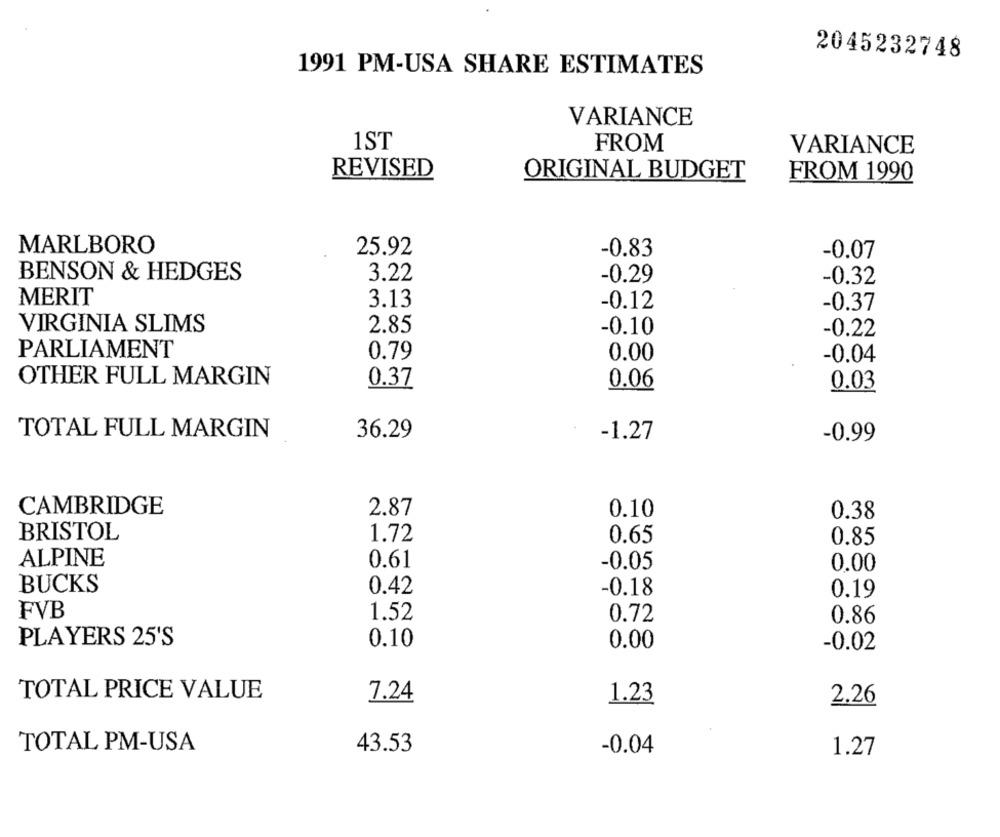
2045232748
1991 PM-USA SHARE ESTIMATES
VARIANCE
1ST
FROM
VARIANCE
REVISED
ORIGINAL BUDGET
FROM 1990
MARLBORO
25.92
-0.83
-0.07
BENSON & HEDGES
3.22
-0.29
-0.32
MERIT
3.13
-0.12
-0.37
VIRGINIA SLIMS
2.85
-0.10
-0.22
PARLIAMENT
0.79
0.00
-0.04
OTHER FULL MARGIN
0.37
0.06
0.03
TOTAL FULL MARGIN
36.29
-1.27
-0.99
CAMBRIDGE
2.87
0.10
0.38
1.72
BRISTOL
0.65
0.85
ALPINE
0.61
-0.05
0.00
BUCKS
0.42
-0.18
0.19
FVB
1.52
0.72
0.86
PLAYERS 25'S
0.10
0.00
-0.02
TOTAL PRICE VALUE
7.24
1.23
2.26
TOTAL PM-USA
43.53
-0.04
1.27